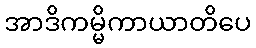
အာဒိကမ္မိကာယာတိပေ